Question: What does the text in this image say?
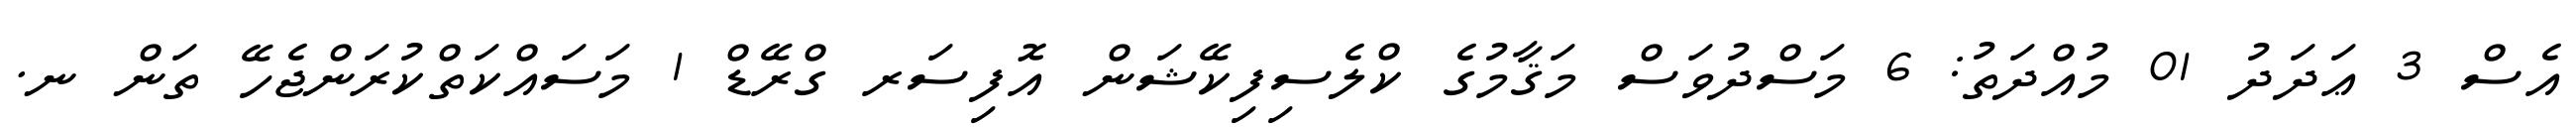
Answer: އެސް 3 ޢަދަދު 01 މުއްދަތު: 6 މަސްދުވަސް މަޤާމުގެ ކްލެސިފިކޭޝަން އޮފިސަރ ގްރޭޑް 1 މަސައްކަތްކުރަންޖެހޭ ތަން ނ.